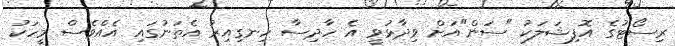
ރިސޯޓުގެ އޮފިޝަލަކު "ސަން"އަށް ވިދާޅުވީ އެ ހާދިސާ ހިނގިއިރު އެތަނުގައި އެއްވެސް މީހަކު